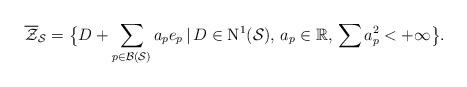
LaTeX: \begin{align*}\overline{\mathcal{Z}}_\mathcal{S}=\big\{D+\sum_{p\in\mathcal{B}(\mathcal{S})} a_pe_p\,\vert\, D\in\mathrm{N}^1(\mathcal{S}),\,a_p\in\mathbb{R},\,\sum a_p^2<+\infty\big\}.\end{align*}